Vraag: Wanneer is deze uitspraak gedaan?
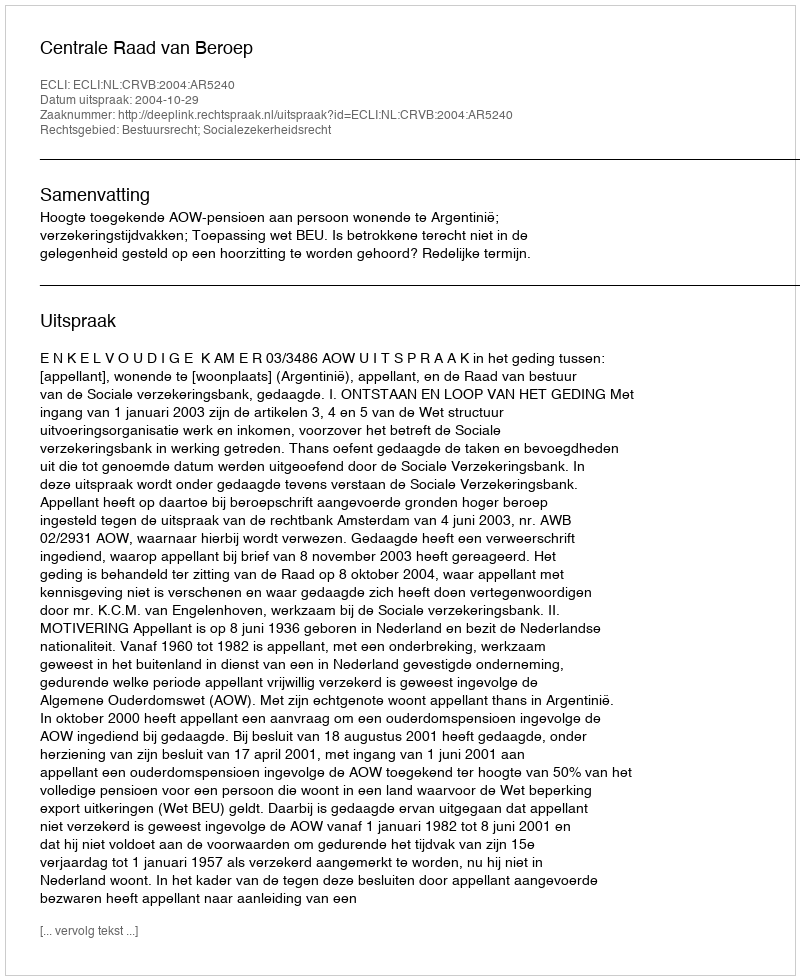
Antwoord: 2004-10-29